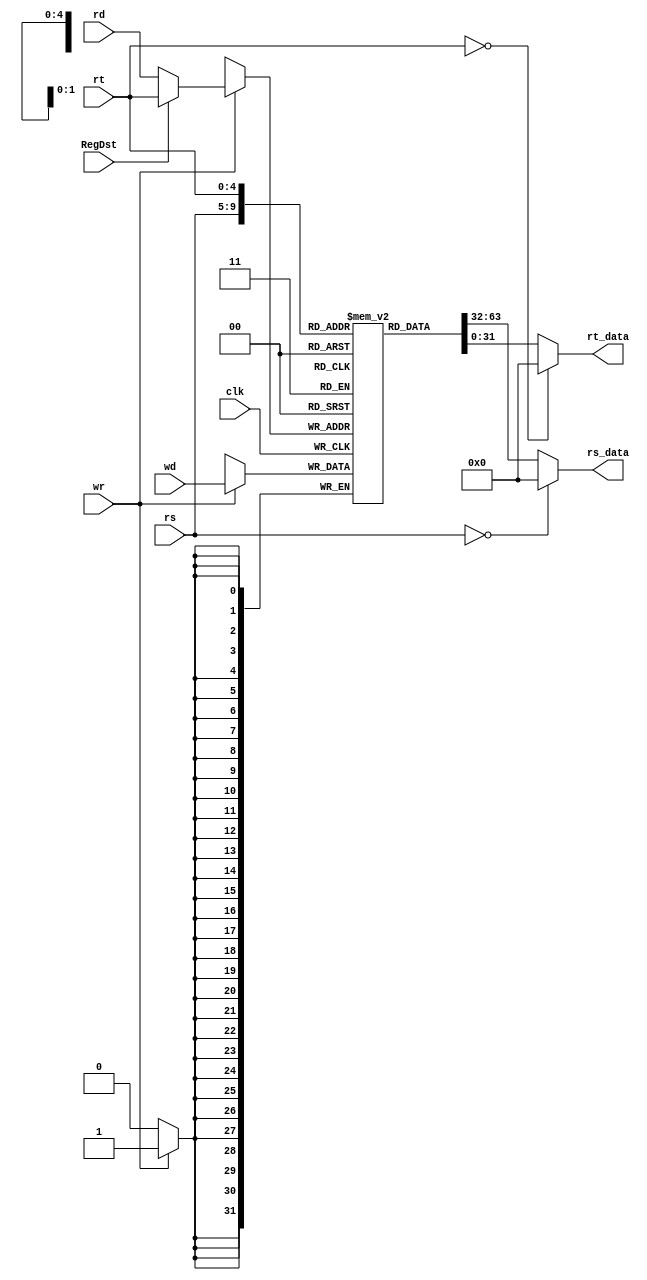
module regfile(rs, rt, rd, rs_data, rt_data, wd, wr, RegDst, clk);
    input [4: 0] rs, rt, rd; // 
    input[31: 0] wd; // 
    input wr; // 
    input clk; // 
    input RegDst; //1:rt 0rd

    output [31: 0] rs_data, rt_data; // 

    reg[4: 0] addr;
    reg [31: 0] rf[31: 0];  // 3132

    integer i;
    initial begin
      for (i = 0; i < 32; i = i + 1)
        rf[i] = 0;
    end

  always @(posedge clk) begin
    if (wr)begin 
          addr = (RegDst == 1) ? rt : rd;
          rf[addr] = wd;  // Rd
          // $display("(regfile.v) WRITE MODE rt: %d, rd: %d", rt, rd);
          $display("reg:$%d<=%h",addr, wd);
        end
  end

  assign rs_data = (rs == 0) ? 32'b0: rf[rs];  // 
  assign rt_data = (rt == 0) ? 32'b0: rf[rt];
  

endmodule